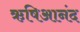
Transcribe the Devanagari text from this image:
ऋषिआनंद